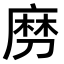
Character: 𠞧